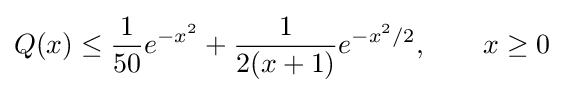
Q(x)\leq {\frac {1}{50}}e^{-x^{2}}+{\frac {1}{2(x+1)}}e^{-x^{2}/2},\qquad x\geq 0